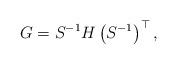
\begin{align*}G&=S^{-1} H \left(S^{-1}\right)^{\top},\end{align*}